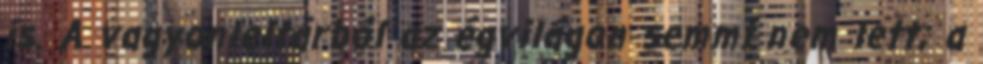
is. A vagyonleltárból az égvilágon semmi nem lett; a